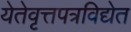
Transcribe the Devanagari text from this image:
येतेवृत्तपत्रविद्येत